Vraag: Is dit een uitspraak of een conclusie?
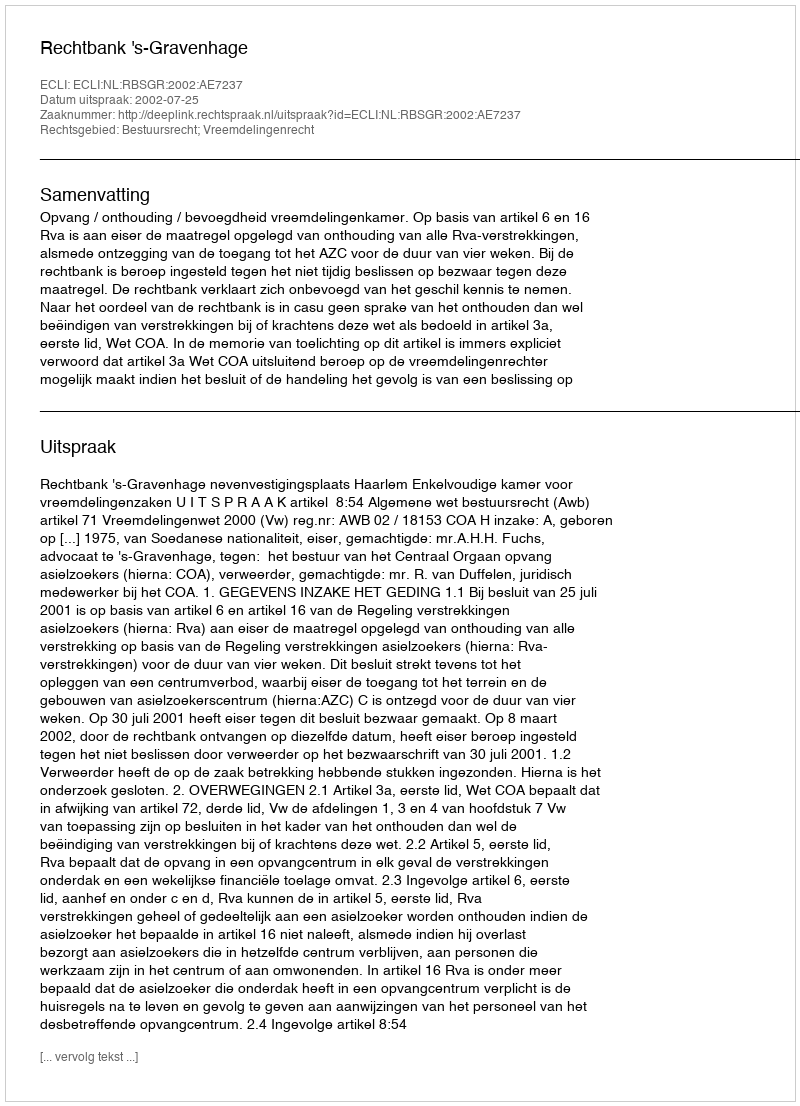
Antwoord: Uitspraak